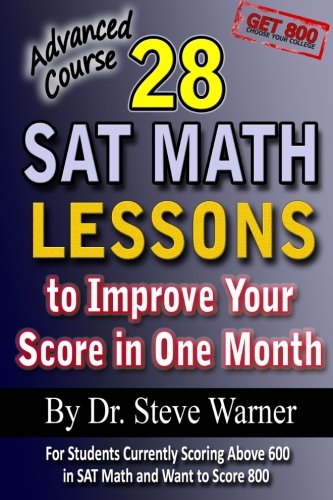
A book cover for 28 SAT Math Lessons to Improve Your Score in One Month - Advanced Course: For Students Currently Scoring Above 600 in SAT Math and Want to Score 800; Steve Warner; Test Preparation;